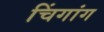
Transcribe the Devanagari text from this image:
चिंगांग